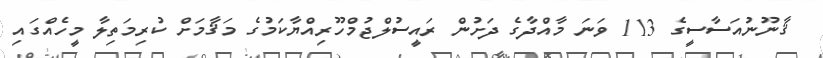
ޤާނޫނުއަސާސީގެ 113 ވަނަ މާއްދާގެ ދަށުން ރައީސުލްޖުމްހޫރިއްޔާކަމުގެ މަޤާމަށް ކުރިމަތިލާ މީހެއްގައި